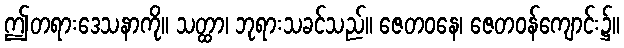
ဤတရားဒေသနာကို။ သတ္ထာ၊ ဘုရားသခင်သည်။ ဇေတဝနေ၊ ဇေတဝန်ကျောင်း၌။